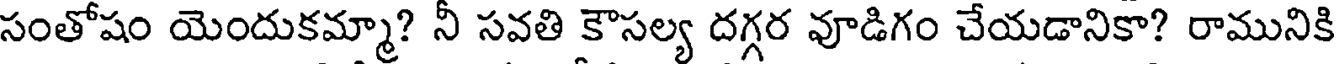
సంతోషం యెందుకమ్మా? నీ సవతి కౌసల్య దగ్గర వూడిగం చేయడానికా? రామునికి